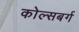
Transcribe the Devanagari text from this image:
कोल्सबर्ग